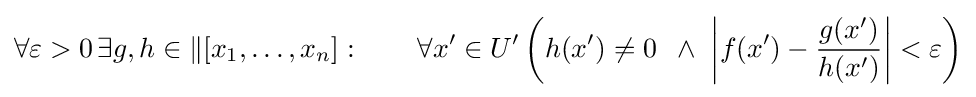
\forall \varepsilon >0\,\exists g,h\in {\mathcal {k}}[x_{1},\ldots ,x_{n}]:\qquad \forall x'\in U'\left(h(x')\neq 0\ \,\land \ \left|f(x')-{\frac {g(x')}{h(x')}}\right|<\varepsilon \right)